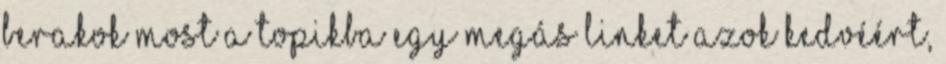
Berakok most a topikba egy megás linket azok kedvéért,